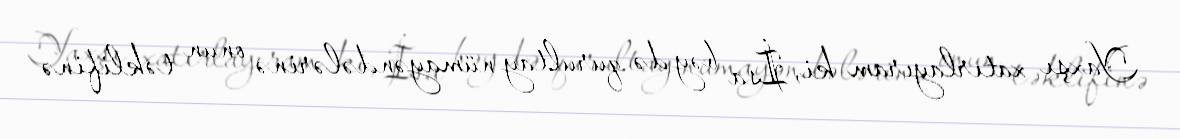
Yaxşı xatırlayıram ki, İsa bəy də qurultay nümayəndələrinə onun təklifinə